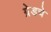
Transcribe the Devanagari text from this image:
ग्रेडचे